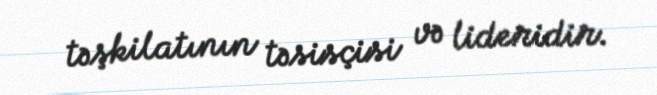
təşkilatının təsisçisi və lideridir.